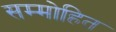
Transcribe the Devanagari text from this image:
सम्‍मोहित